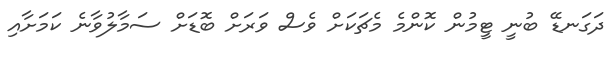
ދަގަނޑޭ ބުނީ ޓީމުން ކޮންމެ މެޗަކަށް ވެސް ވަރަށް ބޮޑަށް ސަމާލުވާނެ ކަމަށާއި